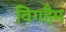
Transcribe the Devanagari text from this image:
विगहैम